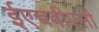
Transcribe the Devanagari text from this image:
ईएचवीएसी